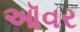
ઑવર